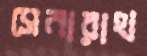
সেনারাথ